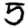
Digit: 5